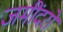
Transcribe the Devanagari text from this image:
जमींदरों